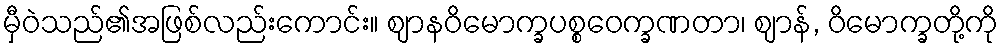
မှီဝဲသည်၏အဖြစ်လည်းကောင်း။ ဈာနဝိမောက္ခပစ္စဝေက္ခဏတာ၊ ဈာန်, ဝိမောက္ခတို့ကို